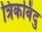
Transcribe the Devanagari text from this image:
त्रिकबिंदु